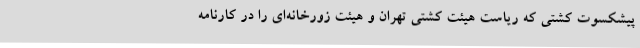
پیشکسوت کشتی که ریاست هیئت کشتی تهران و هیئت زورخانه‌ای را در کارنامه